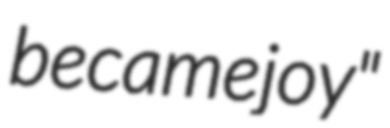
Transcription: became joy"